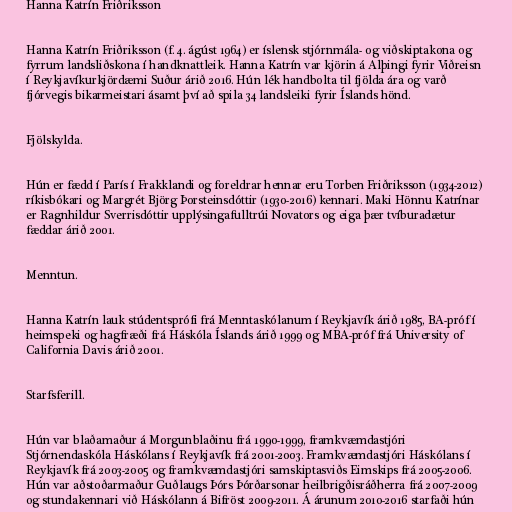
Hanna Katrín Friðriksson

Hanna Katrín Friðriksson (f. 4. ágúst 1964) er íslensk stjórnmála- og viðskiptakona og
fyrrum landsliðskona í handknattleik. Hanna Katrín var kjörin á Alþingi fyrir Viðreisn
í Reykjavíkurkjördæmi Suður árið 2016. Hún lék handbolta til fjölda ára og varð
fjórvegis bikarmeistari ásamt því að spila 34 landsleiki fyrir Íslands hönd.

Fjölskylda.

Hún er fædd í París í Frakklandi og foreldrar hennar eru Torben Friðriksson (1934-2012)
ríkisbókari og Margrét Björg Þorsteinsdóttir (1930-2016) kennari. Maki Hönnu Katrínar
er Ragnhildur Sverrisdóttir upplýsingafulltrúi Novators og eiga þær tvíburadætur
fæddar árið 2001.

Menntun.

Hanna Katrín lauk stúdentsprófi frá Menntaskólanum í Reykjavík árið 1985, BA-próf í
heimspeki og hagfræði frá Háskóla Íslands árið 1999 og MBA-próf frá University of
California Davis árið 2001.

Starfsferill.

Hún var blaðamaður á Morgunblaðinu frá 1990-1999, framkvæmdastjóri
Stjórnendaskóla Háskólans í Reykjavík frá 2001-2003. Framkvæmdastjóri Háskólans í
Reykjavík frá 2003-2005 og framkvæmdastjóri samskiptasviðs Eimskips frá 2005-2006.
Hún var aðstoðarmaður Guðlaugs Þórs Þórðarsonar heilbrigðisráðherra frá 2007-2009
og stundakennari við Háskólann á Bifröst 2009-2011. Á árunum 2010-2016 starfaði hún